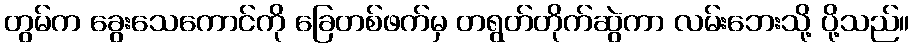
တွမ်က ခွေးသေကောင်ကို ခြေတစ်ဖက်မှ တရွတ်တိုက်ဆွဲကာ လမ်းဘေးသို့ ပို့သည်။